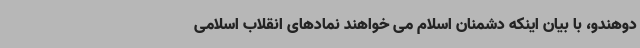
دوهندو، با بیان اینکه دشمنان اسلام می خواهند نمادهای انقلاب اسلامی